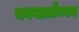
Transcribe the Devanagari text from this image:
नवप्लातौनवाद